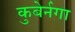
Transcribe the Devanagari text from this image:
कुबेर्नगा